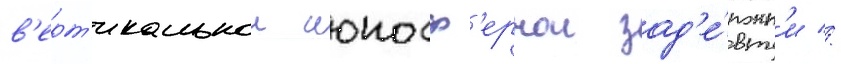
в'ерт'икальнои ионосф'ернои зад'е́ржк'и //